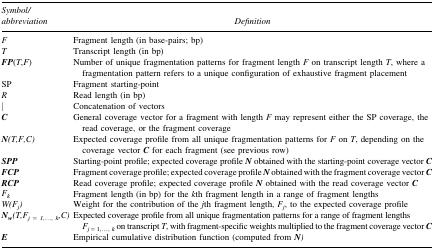
| Symbol/abbreviation | Definition |
 | --- | --- |
 | F | Fragment length (in base-pairs; bp) |
 | T | Transcript length (in bp) |
 | FP(T,F) | Number of unique fragmentation patterns for fragment length F on transcript length T, where a fragmentation pattern refers to a unique configuration of exhaustive fragment placement |
 | SP | Fragment starting-point |
 | R | Read length (in bp) |
 | | | Concatenation of vectors |
 | C | General coverage vector for a fragment with length F may represent either the SP coverage, the read coverage, or the fragment coverage |
 | N(T,F,C) | Expected coverage profile from all unique fragmentation patterns for F on T, depending on the coverage vector C for each fragment (see previous row) |
 | SPP | Starting-point profile; expected coverage profile N obtained with the starting-point coverage vector C |
 | FCP | Fragment coverage profile; expected coverage profile N obtained with the fragment coverage vector C |
 | RCP | Read coverage profile; expected coverage profile N obtained with the read coverage vector C |
 | Fk | Fragment length (in bp) for the kth fragment length in a range of fragment lengths |
 | W(Fj) | Weight for the contribution of the jth fragment length, Fj, to the expected coverage profile |
 | Nw(T,Fj=1,..., k,C) | Expected coverage profile from all unique fragmentation patterns for a range of fragment lengths Fj=1,..., k on transcript T, with fragment-specific weights multiplied to the fragment coverage vector C |
 | E | Empirical cumulative distribution function (computed from N) |